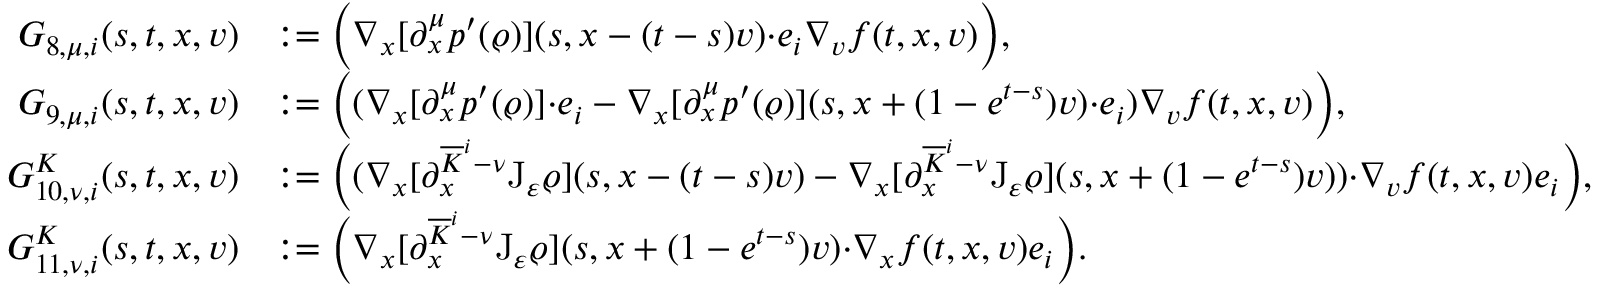
\begin{array} { r l } { G _ { 8 , \mu , i } ( s , t , x , v ) } & { : = \Big ( \nabla _ { x } [ \partial _ { x } ^ { \mu } p ^ { \prime } ( \varrho ) ] ( s , x - ( t - s ) v ) { \cdot } e _ { i } \nabla _ { v } f ( t , x , v ) \Big ) , } \\ { G _ { 9 , \mu , i } ( s , t , x , v ) } & { : = \Big ( ( \nabla _ { x } [ \partial _ { x } ^ { \mu } p ^ { \prime } ( \varrho ) ] { \cdot } e _ { i } - \nabla _ { x } [ \partial _ { x } ^ { \mu } p ^ { \prime } ( \varrho ) ] ( s , x + ( 1 - e ^ { t - s } ) v ) { \cdot } e _ { i } ) \nabla _ { v } f ( t , x , v ) \Big ) , } \\ { G _ { 1 0 , \nu , i } ^ { K } ( s , t , x , v ) } & { : = \Big ( ( \nabla _ { x } [ \partial _ { x } ^ { \overline { { K } } ^ { i } - \nu } \mathrm { J } _ { \varepsilon } \varrho ] ( s , x - ( t - s ) v ) - \nabla _ { x } [ \partial _ { x } ^ { \overline { { K } } ^ { i } - \nu } \mathrm { J } _ { \varepsilon } \varrho ] ( s , x + ( 1 - e ^ { t - s } ) v ) ) { \cdot } \nabla _ { v } f ( t , x , v ) e _ { i } \Big ) , } \\ { G _ { 1 1 , \nu , i } ^ { K } ( s , t , x , v ) } & { : = \Big ( \nabla _ { x } [ \partial _ { x } ^ { \overline { { K } } ^ { i } - \nu } \mathrm { J } _ { \varepsilon } \varrho ] ( s , x + ( 1 - e ^ { t - s } ) v ) { \cdot } \nabla _ { x } f ( t , x , v ) e _ { i } \Big ) . } \end{array}